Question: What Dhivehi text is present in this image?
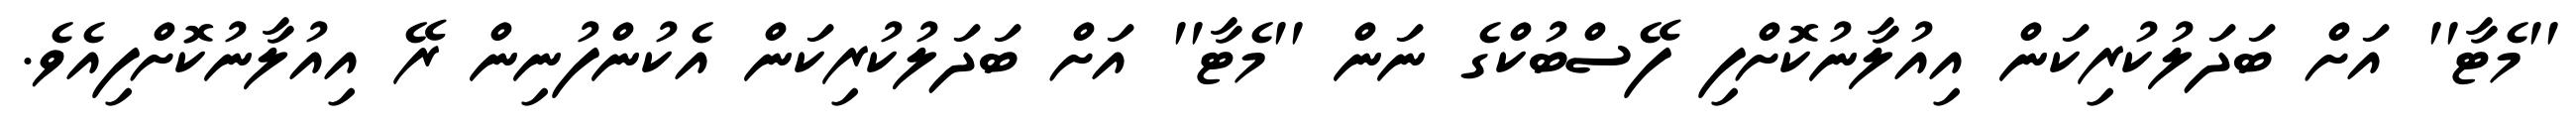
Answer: ''މެޓާ'' އަށް ބަދަލުކުރިކަން އިއުލާނުކޮށްފި ފޭސްބުކްގެ ނަން ''މެޓާ'' އަށް ބަދަލުކުރިކަން އެކުންފުނިން ރޭ އިއުލާނުކޮށްފިއެވެ.